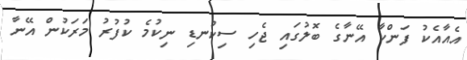
އެއާއެކު ފަންކާ އޭނާގެ ބޮލުގައި ޖެހި ސިކުނޑި ނިކުމެ ކުފުރު މަރަކުން އޭނާ